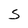
Character: S